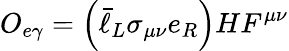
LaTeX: O_{e\gamma}=\left(\bar{\ell}_{L}\sigma_{\mu\nu}e_{R}\right)HF^{\mu\nu}